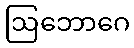
ဩဘောဂေ